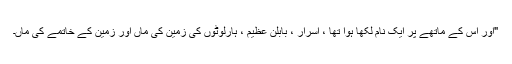
"اور اس کے ماتھے پر ایک نام لکھا ہوا تھا ، اسرار ، بابلن عظیم ، ہارلوٹوں کی زمین کی ماں اور زمین کے خاتمے کی ماں۔